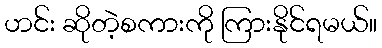
ဟင်း ဆိုတဲ့စကားကို ကြားနိုင်ရမယ်။